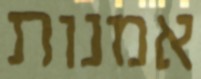
אמנות